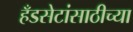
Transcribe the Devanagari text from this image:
हँडसेटांसाठीच्या